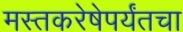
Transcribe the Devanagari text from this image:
मस्तकरेषेपर्यंतचा